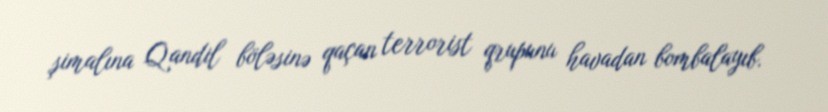
şimalına Qandil böləsinə qaçan terrorist qrupunu havadan bombalayıb.